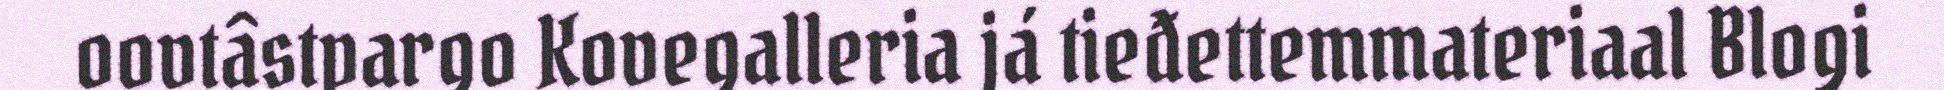
oovtâstpargo Kovegalleria já tieđettemmateriaal Blogi